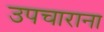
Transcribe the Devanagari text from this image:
उपचाराना